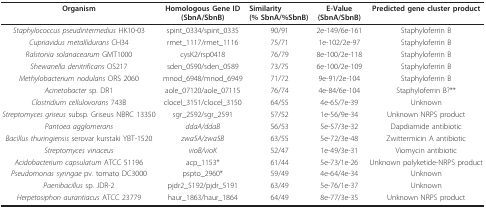
| Organism | Homologous Gene ID(SbnA/SbnB) | Similarity(% SbnA/%SbnB) | E-Value(SbnA/SbnB) | Predicted gene cluster product |
 | --- | --- | --- | --- | --- |
 | Staphylococcus pseudintermedius HK10-03 | spint_0334/spint_0335 | 90/91 | 2e-149/6e-161 | Staphyloferrin B |
 | Cupriavidus metallidurans CH34 | rmet_1117/rmet_1116 | 75/71 | 1e-102/2e-97 | Staphyloferrin B |
 | Ralstonia solanacearum GMT1000 | cysK2/rsp0418 | 76/79 | 8e-100/2e-118 | Staphyloferrin B |
 | Shewanella denitrificans OS217 | sden_0590/sden_0589 | 73/75 | 6e-100/2e-109 | Staphyloferrin B |
 | Methylobacterium nodulans ORS 2060 | mnod_6948/mnod_6949 | 71/72 | 9e-91/2e-104 | Staphyloferrin B |
 | Acinetobacter sp. DR1 | aole_07120/aole_07115 | 76/74 | 4e-84/6e-104 | Staphyloferrin B?** |
 | Clostridium cellulovorans 743B | clocel_3151/clocel_3150 | 64/55 | 4e-65/7e-39 | Unknown |
 | Streptomyces griseus subsp. Griseus NBRC 13350 | sgr_2592/sgr_2591 | 57/52 | 1e-56/9e-34 | Unknown NRPS product |
 | Pantoea agglomerans | ddaA/ddaB | 56/53 | 5e-57/3e-32 | Dapdiamide antibiotic |
 | Bacillus thuringiensis serovar kurstaki YBT-1520 | zwa5A/zwa5B | 63/55 | 5e-72/3e-48 | Zwittermicin A antibiotic |
 | Streptomyces vinaceus | vioB/vioK | 52/47 | 1e-49/3e-31 | Viomycin antibiotic |
 | Acidobacterium capsulatum ATCC 51196 | acp_1153* | 61/44 | 5e-73/1e-26 | Unknown polyketide-NRPS product |
 | Pseudomonas syringae pv. tomato DC3000 | pspto_2960* | 59/49 | 4e-64/4e-34 | Unknown |
 | Paenibacillus sp. JDR-2 | pjdr2_5192/pjdr_5191 | 63/49 | 5e-76/1e-37 | Unknown |
 | Herpetosiphon aurantiacus ATCC 23779 | haur_1863/haur_1864 | 64/49 | 8e-77/3e-35 | Unknown NRPS product |